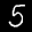
Label: 5